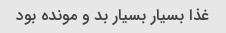
غذا بسیار بسیار بد و مونده بود